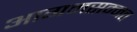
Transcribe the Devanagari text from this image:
आगमसम्मत